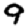
Digit: 9